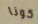
كونا